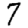
Digit: 7